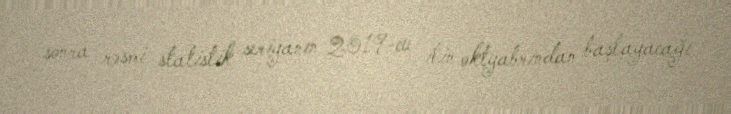
sonra rəsmi statistik seriyanın 2019-cu ilin oktyabrından başlayacağı